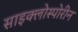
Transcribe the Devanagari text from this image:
साइक्लोस्पोरीन